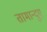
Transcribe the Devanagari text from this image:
तामान्दुए